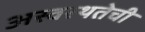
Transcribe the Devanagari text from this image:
अस्वस्थतेची